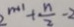
2 ^ { n + 1 } + \frac { n } { 2 } - 2